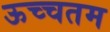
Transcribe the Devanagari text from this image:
ऊच्चतम